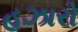
હઝારો